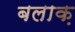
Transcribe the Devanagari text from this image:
बलाक़